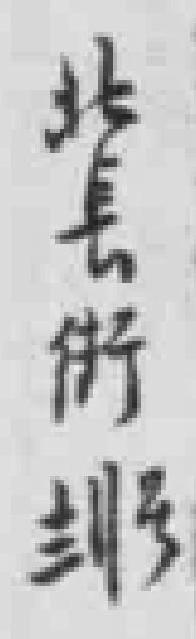
北長街十二号